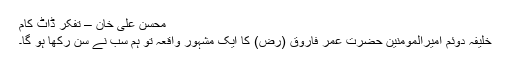
محسن علی خان – تفکر ڈاٹ کام
خلیفہ دوئم امیرالمومنین حضرت عمر فاروق (رض) کا ایک مشہور واقعہ تو ہم سب نے سُن رکھا ہو گا۔